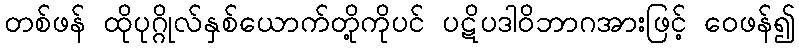
တစ်ဖန် ထိုပုဂ္ဂိုလ်နှစ်ယောက်တို့ကိုပင် ပဋိပဒါဝိဘာဂအားဖြင့် ဝေဖန်၍